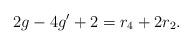
LaTeX: \begin{align*}2g-4g'+2 = r_{4} + 2 r_{2}.\end{align*}